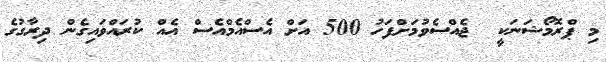
މި ޕްރޮމޯޝަނަކީ  ޖެއްސެވުމަށްފަހު 500 އަށް އެސްއެމްއެސް އެއް ކުރައްވައިގެން ދިރާގުގެ